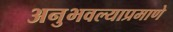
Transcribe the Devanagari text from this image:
अनुभवल्याप्रमाणे